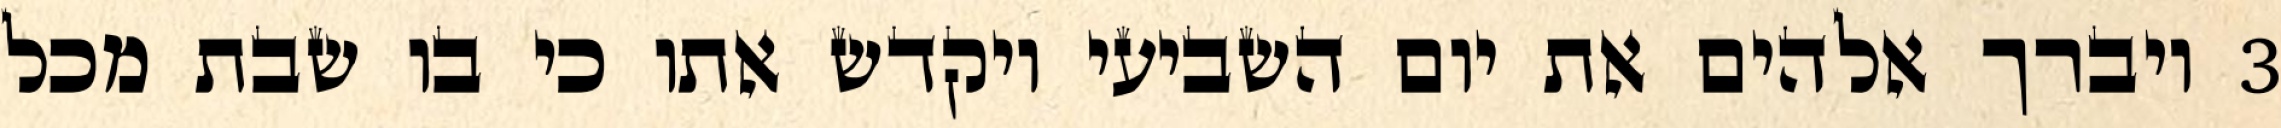
‎3‏ ויברך אלהים את יום השביעי ויקדש אתו כי בו שבת מכל